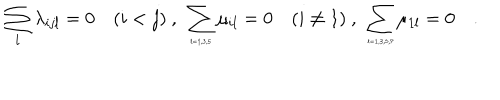
\sum _ { l } \lambda _ { i j l } = 0 \quad ( i < j ) \ , \ \sum _ { \tiny l = 1 , 3 , 5 } \mu _ { i l } = 0 \quad ( i \neq 1 ) \ , \ \sum _ { \tiny l = 1 , 3 , 5 , 7 } \mu _ { 1 l } = 0 \quad .